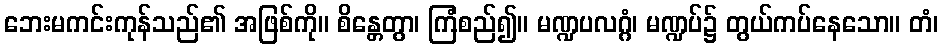
ဘေးမကင်းကုန်သည်၏ အဖြစ်ကို။ စိန္တေတွာ၊ ကြံစည်၍။ မဏ္ဍပလဂ္ဂံ၊ မဏ္ဍပ်၌ တွယ်ကပ်နေသော။ တံ၊